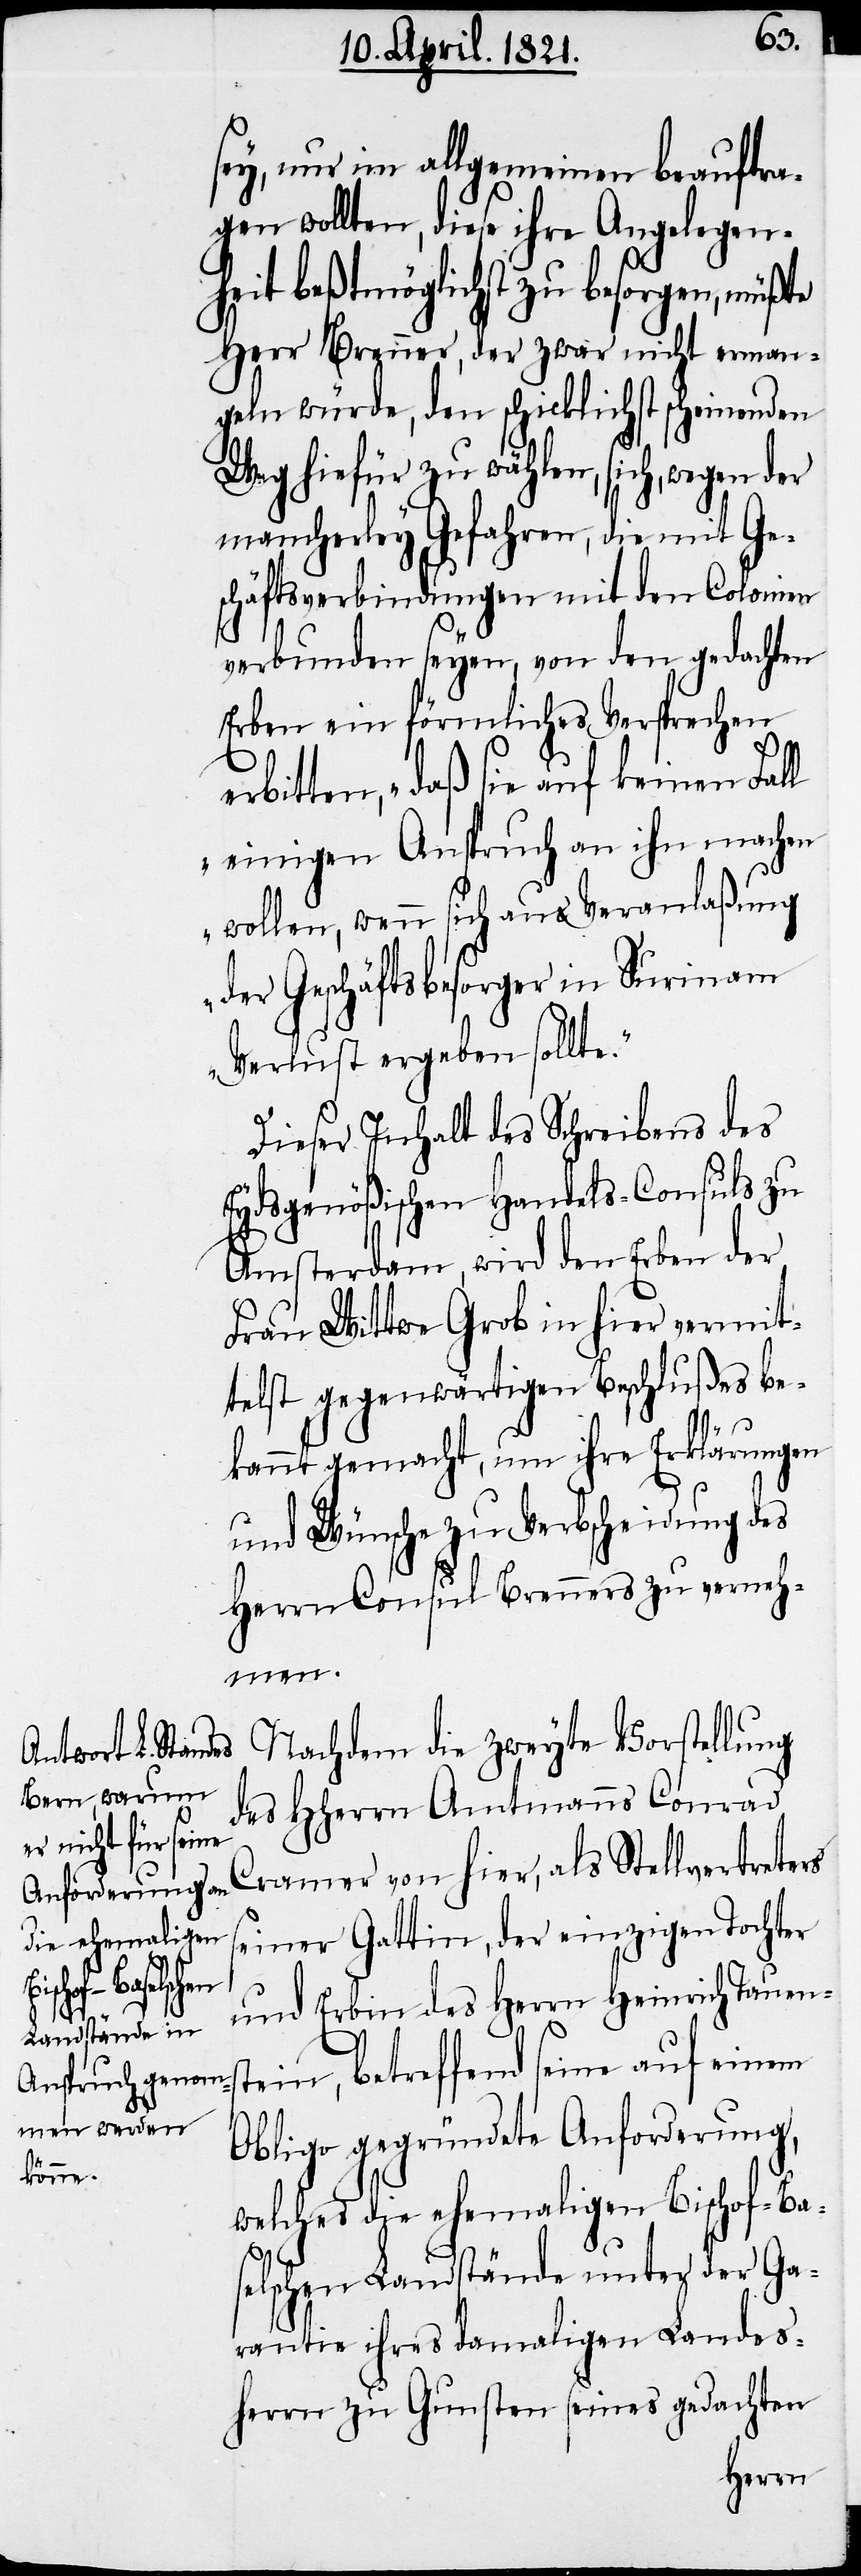
sey, nur im allgemeinen beauftra¬
gen wollten, diese ihre Angelegen¬
heit beßtmöglichst zu besorgen, müßte
Herr Brenner, der zwar nicht erman¬
geln würde, den schicklichst scheinenden
Weg hiefür zu wählen, sich, wegen der
mancherley Gefahren, die mit Ge¬
schäftsverbindungen mit den Colonien
verbunden seyen, von den gedachten
Erben ein förmliches Versprechen
erbitten, „daß sie auf keinen Fall
einigen Anspruch an ihn machen
wollen, wenn sich aus Veranlaßung
der Geschäftsbesorger in Surinam
Verlust ergeben sollte.“
Dieser Inhalt des Schreibens des
Eydsgenößischen Handels-Consuls zu
Amsterdam, wird den Erben der
Frau Wittwe Grob in hier vermit¬
telst gegenwärtigen Beschlußes be¬
kannt gemacht, um ihre Erklärungen
und Wünsche zu Verbscheidung des
Herrn Consul Brenners zu verneh¬
men.
Nachdem die zweyte Vorstellung
des HHerrn Amtmanns Conrad
Cramer von hier, als Stellvertreters
seiner Gattin, der einzigen Tochter
und Erbin des Herrn Heinrich Tauens¬
tein, betreffend seine auf einem
Obligo gegründete Anforderung,
welches die ehemaligen Bischof-Bas¬
elschen Landstände unter der Ga¬
rantie ihres damaligen Landes¬
herrn zu Gunsten seines gedachten